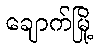
ချောက်မြို့